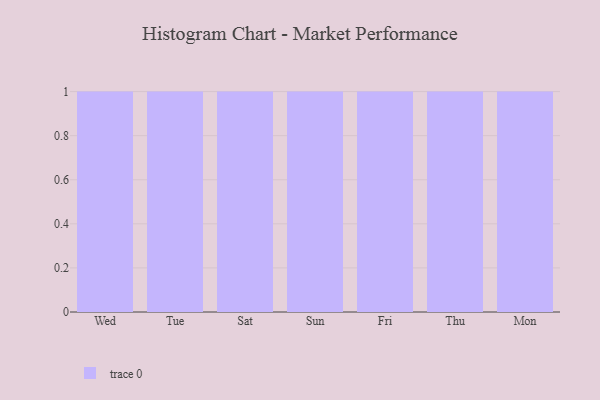
{"axis": {"x": "Day", "y": "Shipments"}, "legend": [""], "data": [{"x": "Wed", "y": 95, "type": ""}, {"x": "Tue", "y": 82, "type": ""}, {"x": "Sat", "y": 79, "type": ""}, {"x": "Sun", "y": 94, "type": ""}, {"x": "Fri", "y": 74, "type": ""}, {"x": "Thu", "y": 10, "type": ""}, {"x": "Mon", "y": 91, "type": ""}]}